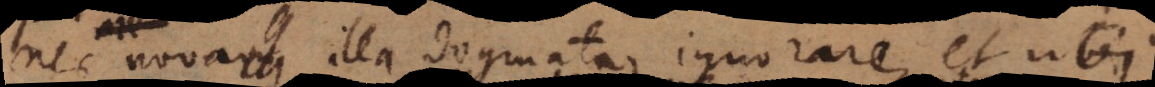
nec nova illa dogmata ignorare, et ubi